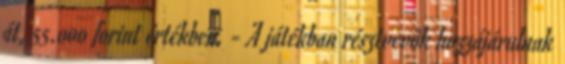
át, 55.000 forint értékben. - A játékban résztvevők hozzájárulnak